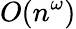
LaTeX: O(n^{\omega})